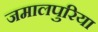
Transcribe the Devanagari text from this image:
जमालपुरिया